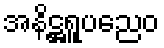
အနိဋ္ဌရူပညေဝ